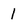
Character: 1